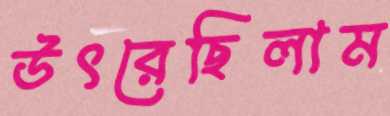
উৎরেছিলাম